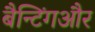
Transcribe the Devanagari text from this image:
बैन्टिंगऔर